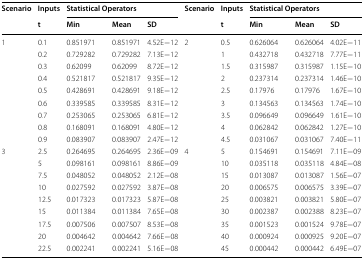
<table><thead><tr><td rowspan="2"><b>Scenario</b></td><td><b>Inputs</b></td><td colspan="3"><b>Statistical Operators</b></td><td rowspan="2"><b>Scenario</b></td><td><b>Inputs</b></td><td colspan="3"><b>Statistical Operators</b></td></tr><tr><td><b>t</b></td><td><b>Min</b></td><td><b>Mean</b></td><td><b>SD</b></td><td><b>t</b></td><td><b>Min</b></td><td><b>Mean</b></td><td><b>SD</b></td></tr></thead><tbody><tr><td rowspan="9">1</td><td>0.1</td><td>0.851971</td><td>0.851971</td><td>4.52E−12</td><td rowspan="9">2</td><td>0.5</td><td>0.626064</td><td>0.626064</td><td>4.02E−11</td></tr><tr><td>0.2</td><td>0.729282</td><td>0.729282</td><td>7.13E−12</td><td>1</td><td>0.432718</td><td>0.432718</td><td>7.77E−11</td></tr><tr><td>0.3</td><td>0.62099</td><td>0.62099</td><td>8.72E−12</td><td>1.5</td><td>0.315987</td><td>0.315987</td><td>1.15E−10</td></tr><tr><td>0.4</td><td>0.521817</td><td>0.521817</td><td>9.35E−12</td><td>2</td><td>0.237314</td><td>0.237314</td><td>1.46E−10</td></tr><tr><td>0.5</td><td>0.428691</td><td>0.428691</td><td>9.18E−12</td><td>2.5</td><td>0.17976</td><td>0.17976</td><td>1.67E−10</td></tr><tr><td>0.6</td><td>0.339585</td><td>0.339585</td><td>8.31E−12</td><td>3</td><td>0.134563</td><td>0.134563</td><td>1.74E−10</td></tr><tr><td>0.7</td><td>0.253065</td><td>0.253065</td><td>6.81E−12</td><td>3.5</td><td>0.096649</td><td>0.096649</td><td>1.61E−10</td></tr><tr><td>0.8</td><td>0.168091</td><td>0.168091</td><td>4.80E−12</td><td>4</td><td>0.062842</td><td>0.062842</td><td>1.27E−10</td></tr><tr><td>0.9</td><td>0.083907</td><td>0.083907</td><td>2.47E−12</td><td>4.5</td><td>0.031067</td><td>0.031067</td><td>7.40E−11</td></tr><tr><td rowspan="9">3</td><td>2.5</td><td>0.264695</td><td>0.264695</td><td>2.36E−09</td><td rowspan="9">4</td><td>5</td><td>0.154691</td><td>0.154691</td><td>7.11E−09</td></tr><tr><td>5</td><td>0.098161</td><td>0.098161</td><td>8.86E−09</td><td>10</td><td>0.035118</td><td>0.035118</td><td>4.84E−08</td></tr><tr><td>7.5</td><td>0.048052</td><td>0.048052</td><td>2.12E−08</td><td>15</td><td>0.013087</td><td>0.013087</td><td>1.56E−07</td></tr><tr><td>10</td><td>0.027592</td><td>0.027592</td><td>3.87E−08</td><td>20</td><td>0.006575</td><td>0.006575</td><td>3.39E−07</td></tr><tr><td>12.5</td><td>0.017323</td><td>0.017323</td><td>5.87E−08</td><td>25</td><td>0.003821</td><td>0.003821</td><td>5.80E−07</td></tr><tr><td>15</td><td>0.011384</td><td>0.011384</td><td>7.65E−08</td><td>30</td><td>0.002387</td><td>0.002388</td><td>8.23E−07</td></tr><tr><td>17.5</td><td>0.007506</td><td>0.007507</td><td>8.53E−08</td><td>35</td><td>0.001523</td><td>0.001524</td><td>9.78E−07</td></tr><tr><td>20</td><td>0.004642</td><td>0.004642</td><td>7.66E−08</td><td>40</td><td>0.000924</td><td>0.000925</td><td>9.20E−07</td></tr><tr><td>22.5</td><td>0.002241</td><td>0.002241</td><td>5.16E−08</td><td>45</td><td>0.000442</td><td>0.000442</td><td>6.49E−07</td></tr></tbody></table>